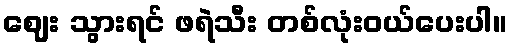
ဈေး သွားရင် ဖရဲသီး တစ်လုံးဝယ်ပေးပါ။